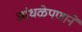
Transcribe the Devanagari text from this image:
आंधळेपणाने